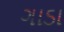
ગાડા